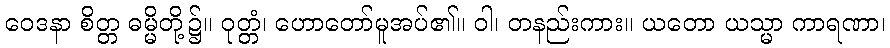
ဝေဒနာ စိတ္တ ဓမ္မိတို့၌။ ဝုတ္တံ၊ ဟောတော်မူအပ်၏။ ဝါ၊ တနည်းကား။ ယတော ယသ္မာ ကာရဏာ၊